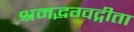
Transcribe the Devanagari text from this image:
श्रमद्भग्वद्गीता